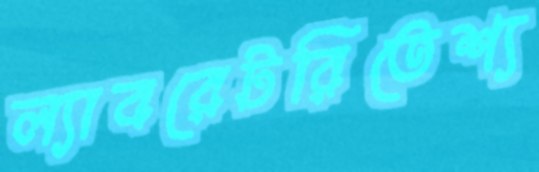
ল্যাবরেটরিতেশ্য